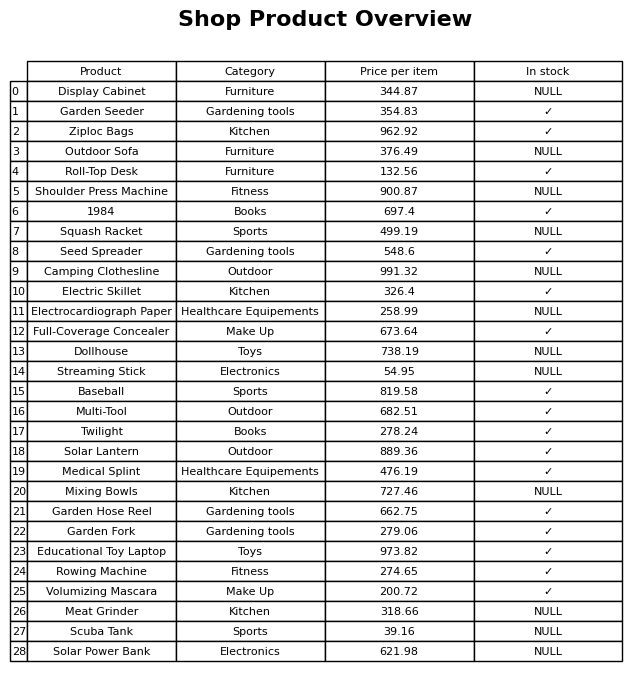
question: What is the price of the Solar Power Bank?
answer: The price of Solar Power Bank is 621.98.